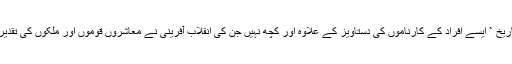
دنیا کی تاریخ ` ایسے افراد کے کارناموں کی دستاویز کے علاوہ اور کچھ نہیں جن کی انقلاب آفرینی نے معاشروں قوموں اور ملکوں کی تقدیر بدل ڈالی۔